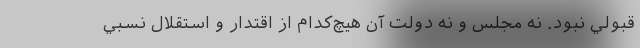
قبولي نبود. نه مجلس و نه دولت آن هيچ‌كدام از اقتدار و استقلال نسبي